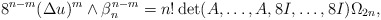
\begin{align*} 8^{n-m} (\Delta u)^m\wedge \beta_n ^{n-m} =n!\det (A,\dots,A,8I,\dots,8I )\Omega_{2n}, \end{align*}